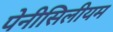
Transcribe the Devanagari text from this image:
पेनीसिलीयम